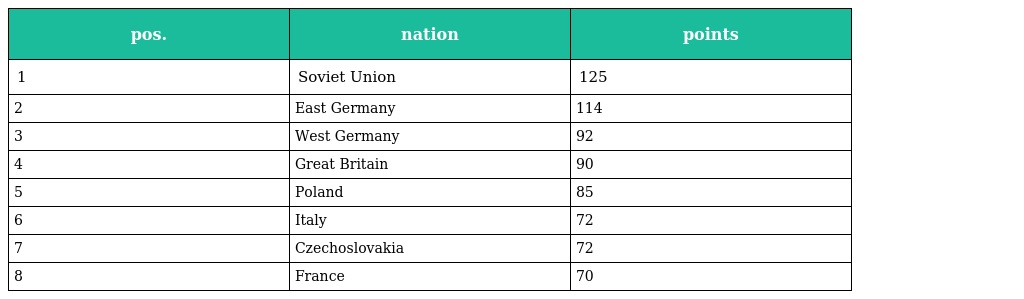
| pos. | nation | points |
 | --- | --- | --- |
 | 1 | Soviet Union | 125 |
 | 2 | East Germany | 114 |
 | 3 | West Germany | 92 |
 | 4 | Great Britain | 90 |
 | 5 | Poland | 85 |
 | 6 | Italy | 72 |
 | 7 | Czechoslovakia | 72 |
 | 8 | France | 70 |